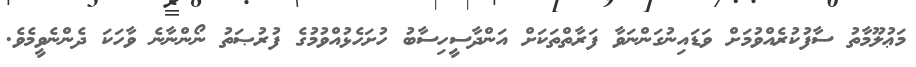
މަޢުލޫމާތު ސާފުކުރެއްވުމަށް ވަޑައިނުގަންނަވާ ފަރާތްތަކަށް އަންދާސީހިސާބު ހުށަހެޅުއްވުމުގެ ފުރުޞަތު ނޯންނާނެ ވާހަކަ ދެންނެވީމެވެ.